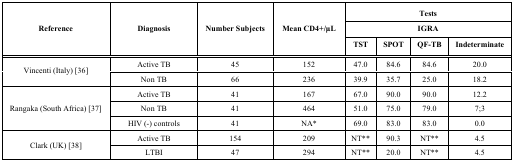
| <ROWSPAN=3> Reference | <ROWSPAN=3> Diagnosis | <ROWSPAN=3> Number Subjects | <ROWSPAN=3> Mean CD4+/μL | <COLSPAN=4> Tests |
 | <COLSPAN=4> IGRA |
 | TST | SPOT | QF-TB | Indeterminate |
 | --- | --- | --- | --- | --- | --- | --- | --- |
 | <ROWSPAN=2> Vincenti (Italy) [36] | Active TB | 45 | 152 | 47.0 | 84.6 | 84.6 | 20.0 |
 | Non TB | 66 | 236 | 39.9 | 35.7 | 25.0 | 18.2 |
 | <ROWSPAN=3> Rangaka (South Africa) [37] | Active TB | 41 | 167 | 67.0 | 90.0 | 90.0 | 12.2 |
 | Non TB | 41 | 464 | 51.0 | 75.0 | 79.0 | 7;3 |
 | HIV (-) controls | 41 | NA* | 69.0 | 83.0 | 83.0 | 0.0 |
 | <ROWSPAN=2> Clark (UK) [38] | Active TB | 154 | 209 | NT** | 90.3 | NT** | 4.5 |
 | LTBI | 47 | 294 | NT** | 20.0 | NT** | 4.5 |